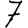
Digit: 7